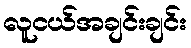
လူငယ်အချင်းချင်း